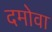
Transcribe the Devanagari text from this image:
दमोवा